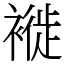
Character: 褷